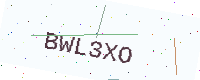
Text: BWL3XO